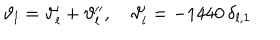
\vartheta _ { l } = \vartheta _ { l } ^ { \prime } + \vartheta _ { l } ^ { \prime \prime } , \quad \vartheta _ { l } ^ { \prime } = - 1 4 4 0 \, \delta _ { l , 1 }